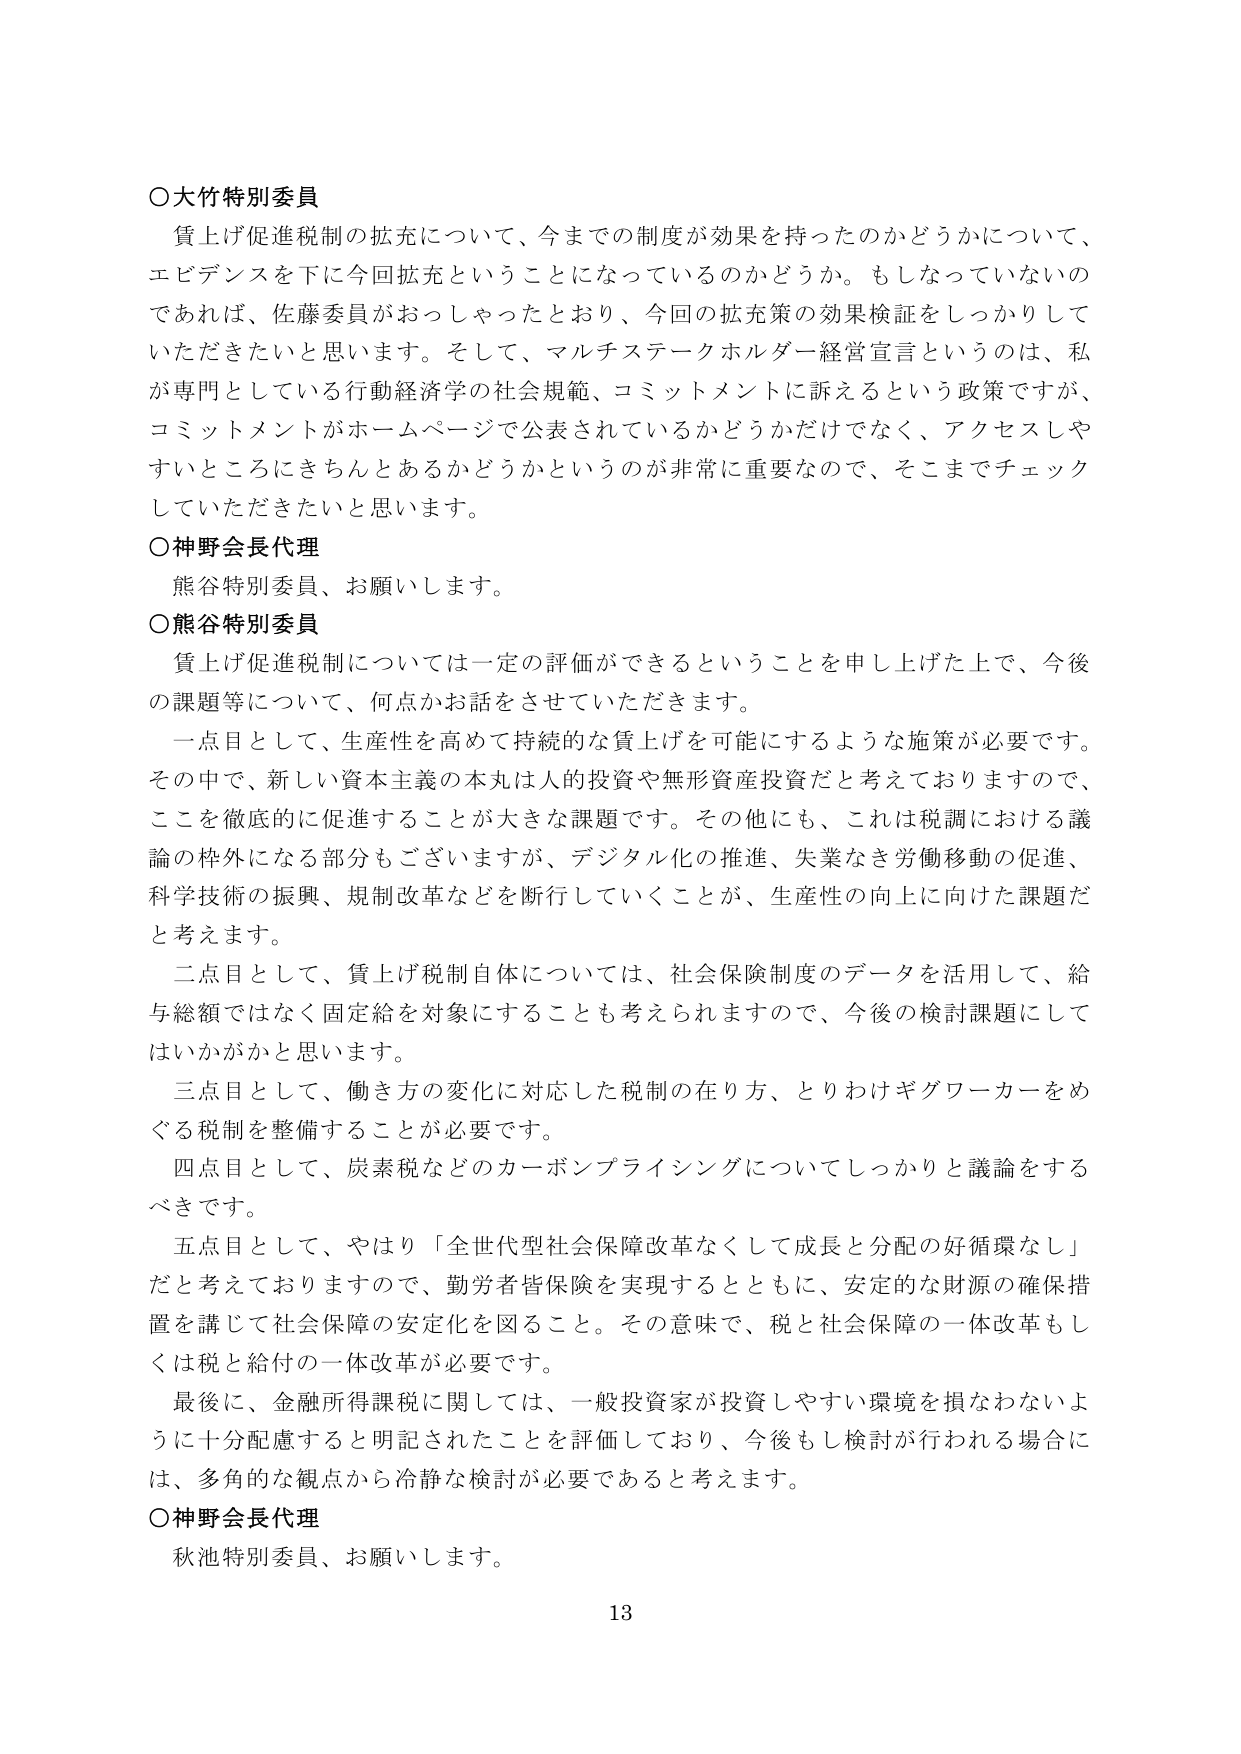
○大竹特別委員
賃上げ促進税制の拡充について、今までの制度が効果を持ったのかどうかについて、
エビデンスを下に今回拡充ということになっているのかどうか。もしなっていないの
であれば、佐藤委員がおっしゃったとおり、今回の拡充策の効果検証をしっかりして
いただきたいと思います。そして、マルチステークホルダー経営宣言というのは、私
が専門としている行動経済学の社会規範、コミットメントに訴えるという政策ですが、
コミットメントがホームページで公表されているかどうかだけでなく、アクセスしや
すいところにきちんとあるかどうかというのが非常に重要なので、そこまでチェック
していただきたいと思います。

○神野会長代理
熊谷特別委員、お願いします。

○熊谷特別委員
賃上げ促進税制については一定の評価ができるということを申し上げた上で、今後
の課題等について、何点かお話をさせていただきます。
一点目として、生産性を高めて持続的な賃上げを可能にするような施策が必要です。
その中で、新しい資本主義の本丸は人的投資や無形資産投資だと考えておりますので、
ここを徹底的に促進することが大きな課題です。その他にも、これは税調における議
論の枠外になる部分もございますが、デジタル化の推進、失業なき労働移動の促進、
科学技術の振興、規制改革などを断行していくことが、生産性の向上に向けた課題だ
と考えます。
二点目として、賃上げ税制自体については、社会保険制度のデータを活用して、給
与総額ではなく固定給を対象にすることも考えられますので、今後の検討課題にして
はいかがかと思います。
三点目として、働き方の変化に対応した税制の在り方、とりわけギグワーカーをめ
ぐる税制を整備することが必要です。
四点目として、炭素税などのカーボンプライシングについてしっかりと議論をする
べきです。
五点目として、やはり「全世代型社会保障改革なくして成長と分配の好循環なし」
だと考えておりますので、勤労者皆保険を実現するとともに、安定的な財源の確保措
置を講じて社会保障の安定化を図ること。その意味で、税と社会保障の一体改革もし
くは税と給付の一体改革が必要です。
最後に、金融所得課税に関しては、一般投資家が投資しやすい環境を損なわないよ
うに十分配慮すると明記されたことを評価しており、今後もし検討が行われる場合に
は、多角的な観点から冷静な検討が必要であると考えます。

○神野会長代理
秋池特別委員、お願いします。

13